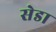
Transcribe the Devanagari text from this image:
सेडा